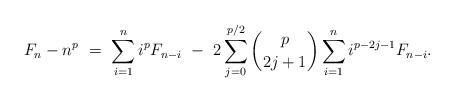
LaTeX: \begin{align*} F_n - n^p \ = \ \sum_{i=1}^{n} i^{p} F_{n-i} \ - \ 2\sum_{j=0}^{p/2} \binom{p}{2j+1} \sum_{i=1}^n i^{p-2j-1} F_{n-i}.\end{align*}